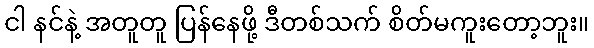
ငါ နင်နဲ့ အတူတူ ပြန်နေဖို့ ဒီတစ်သက် စိတ်မကူးတော့ဘူး။